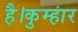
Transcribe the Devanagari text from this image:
है।कुम्हार